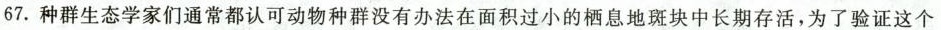
67. 种群生态学家们通常都认可动物种群没有办法在面积过小的栖息地斑块中长期存活，为了验证这个